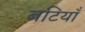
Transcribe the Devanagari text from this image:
बटियाँ